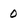
Character: 0